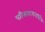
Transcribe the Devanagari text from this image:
परिसमापनाधीन